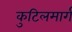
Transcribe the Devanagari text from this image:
कुटिलमार्ग